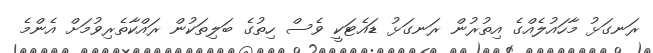
ރަނގަޅު މާހައުލެއްގެ އިތުރުން ރަނގަޅު ޑައެޓަކީ ވެސް ހިތުގެ ބަލިތަކުން ރައްކާތެރިވުމަށް އެންމެ